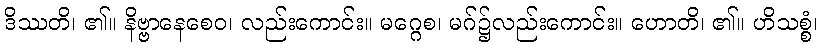
ဒိဿတိ၊ ၏။ နိဗ္ဗာနေစေဝ၊ လည်းကောင်း။ မဂ္ဂေစ၊ မဂ်၌လည်းကောင်း။ ဟောတိ၊ ၏။ ဟိသစ္စံ၊